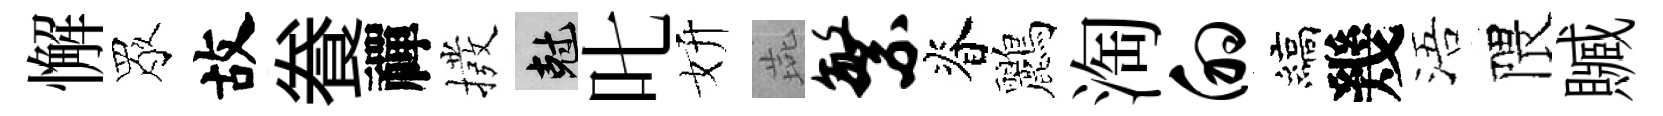
懈眾故飬禪撥剋叱妍燕繁脊鸝淘的縞幾浯隈贓